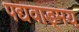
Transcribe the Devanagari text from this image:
पद्यवाड्मय